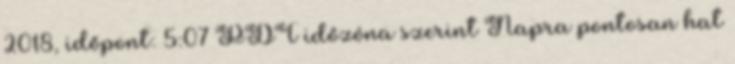
2018, időpont: 5:07 PDT időzóna szerint Napra pontosan hat